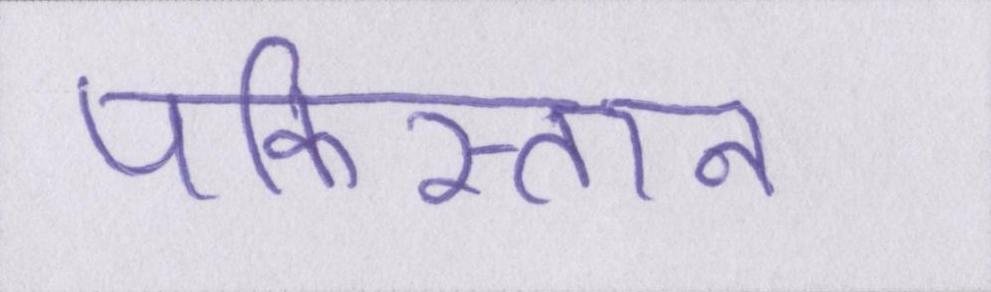
पकिस्तान